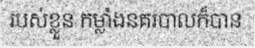
របស់ខ្លួន កម្លាំងនគរបាលក៏បាន